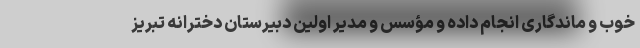
خوب و ماندگاری انجام داده و مؤسس و مدیر اولین دبیرستان دخترانه تبریز